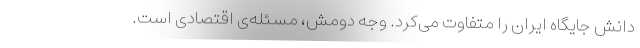
دانش جایگاه ایران را متفاوت می‌کرد. وجه دومش، مسئله‌ی اقتصادی است.